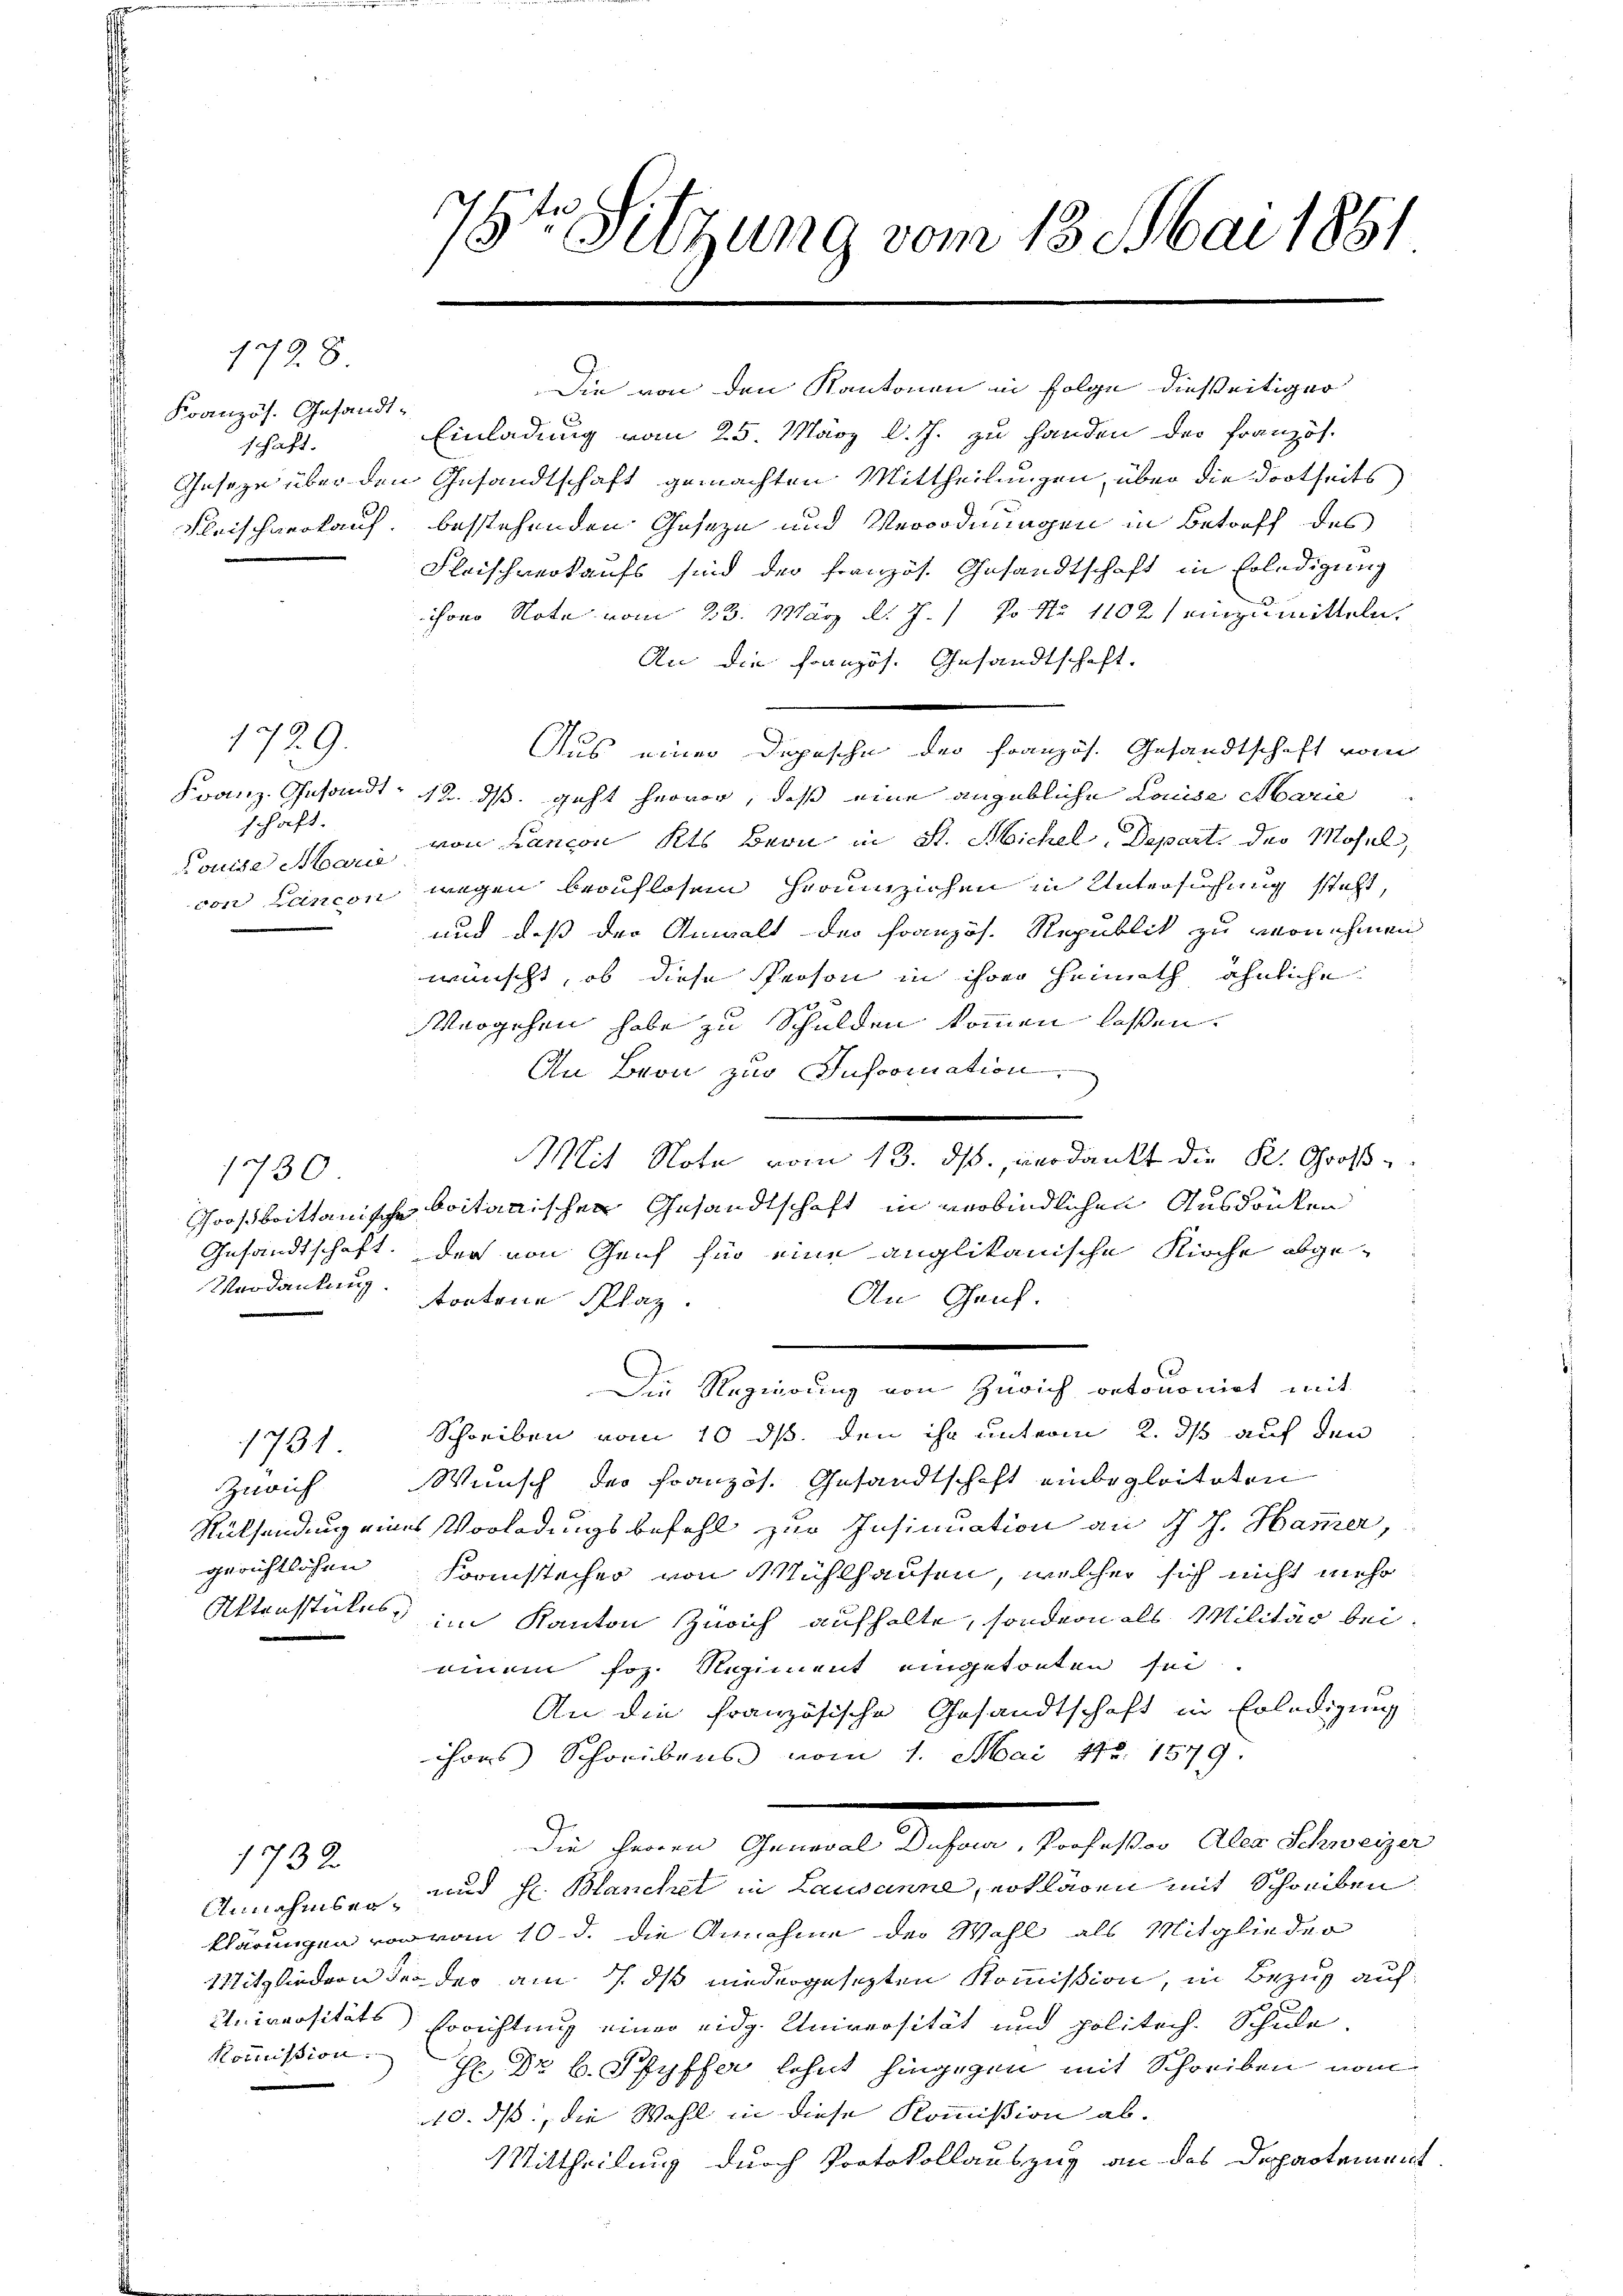
1728.
Französ. Gesandtschaft.

Die von den Kantonen in Folge dießeitiger
Einladung vom 25. März l. J. zu handen der Französ.
Geseze über den Gesandtschaft gemachten Mittheilungen, über die dortseits
Fleischnerkauf, besstehenden Geseze und Verordnungen in Betreff des
Fleischverkaufs sind der französ. Gesandtschaft in Erledigung
chon Note vom 23. März d. J. / Po No 1102 einzumitteln.
An die Französ. Gesandtschaft.
Aus einer Depesche der Französ. Gesandtschaft vom
Franz. Gesandt 12. ds geht hervor, daß eine angebliche Lause Marie
Louise Mann von Lancon Kts Bern in St. Michel, Depart. der Mosel,
von Lancon wegen beauflosem Fraumziehen in Untersuchung steht,
und daß der Anwalt der Französ. Republik zu vernehmen
wünscht, ob diese Person in ihrer Heimath ähnliche
Vergehen habe zu Schulden kommen lassen.
An Bron zur Information.
Mit Seite vom 10. M. andelt die de geben
Großbrittanische britanischen Gesandtschaft in verbindlichen Ausdrücken
Gesandtschaft. Der von Genf für eine anglikanische Kirche abge¬
Verdankung tortene Plag.
An Genf.
.
Die Regierung von Zürich betonomiet mit
Schreiben vom 10. ds. den ihr unterm 2. ds auf den
1781
Wunsch der Französ. Gesandtschaft einbegleiteten
Zürich
Rüksendung eines Vorladungsbefehl zur Insinuation an d. J. Hammer,
gerichtlichen Franstecher von Mühlhausen, welcher sich nicht mehr
Aktenstückes im Kanton Zürich aufhalte, sondern als Militär bei
einen Joh. Regiment eingetonten sei.
An die französische Gesandtschaft in Erledigung
ihres Schreibens vom 1. Mai 182. 1879.
Die Herren General Dufour, Professor Aler Schweizer
1732
Annahmser, und Hr. Blanchet in Lausanne, erklären mit Schreiben
klärungen von vom 10. d. die Annahme der Wahl als Mitglieder
Mitgliedern der der am 7. ds niedergesezten Kommission, in Bezug auf
Universitäts Errichtung einer eidg. Universität und politich. Schule.
Kommission.
H: Dr. B. Pfyffer lehnt hingegen mit Schreiben vom
10. ds, die Wahl in diese Kommißion ab.
Mittheilung durch Protokollauszug an das Departement.

1729.
schaft.

1730

76ten Sitzung vom 13. Mai 1881